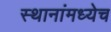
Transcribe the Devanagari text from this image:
स्थानांमध्येच